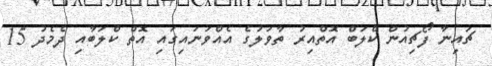
ޗައިނާ ފޯޗިއުން ކްލަބް އޮތްއިރު ތާވަލުގެ އެއްވަނައިގައި އޮތް ކްލަބާއި ދެމެދު 15